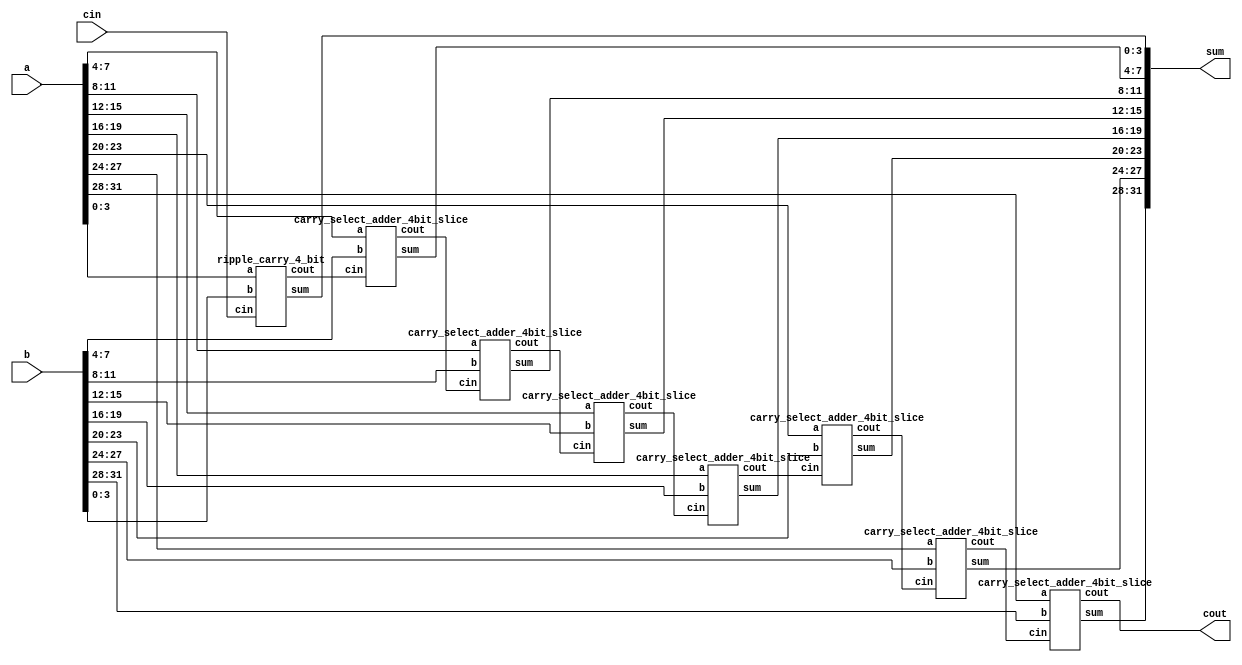
`timescale 1ps / 1fs	// Scale config: first is time unit, second is precision
 
module carry_select_adder_32bit(a, b, cin, sum, cout);
input [31:0] a,b;
input cin;
output [31:0] sum;
output cout;
 
wire [6:0] c;
 
ripple_carry_4_bit rca1(.a(a[3:0]), .b(b[3:0]), .cin(cin), .sum(sum[3:0]), .cout(c[0]));
 
// first 4-bit by ripple_carry_adder
carry_select_adder_4bit_slice csa_slice1(.a(a[7:4]), .b(b[7:4]), .cin(c[0]), .sum(sum[7:4]), .cout(c[1])); 
carry_select_adder_4bit_slice csa_slice2(.a(a[11:8]), .b(b[11:8]), .cin(c[1]), .sum(sum[11:8]), .cout(c[2]));
carry_select_adder_4bit_slice csa_slice3(.a(a[15:12]), .b(b[15:12]), .cin(c[2]), .sum(sum[15:12]), .cout(c[3]));
carry_select_adder_4bit_slice csa_slice4(.a(a[19:16]), .b(b[19:16]), .cin(c[3]), .sum(sum[19:16]), .cout(c[4])); 
carry_select_adder_4bit_slice csa_slice5(.a(a[23:20]), .b(b[23:20]), .cin(c[4]), .sum(sum[23:20]), .cout(c[5]));
carry_select_adder_4bit_slice csa_slice6(.a(a[27:24]), .b(b[27:24]), .cin(c[5]), .sum(sum[27:24]), .cout(c[6]));
carry_select_adder_4bit_slice csa_slice7(.a(a[31:28]), .b(b[31:28]), .cin(c[6]), .sum(sum[31:28]), .cout(cout));

endmodule
 
//////////////////////////////////////
//4-bit Carry Select Adder Slice
//////////////////////////////////////
 
module carry_select_adder_4bit_slice(a, b, cin, sum, cout);
input [3:0] a,b;
input cin;
output [3:0] sum;
output cout;
 
wire [3:0] s0,s1;
wire c0,c1;
 
ripple_carry_4_bit rca1(.a(a[3:0]), .b(b[3:0]), .cin(1'b0), .sum(s0[3:0]), .cout(c0));
ripple_carry_4_bit rca2(.a(a[3:0]), .b(b[3:0]), .cin(1'b1), .sum(s1[3:0]), .cout(c1));
 
// #(4) is port bit number
mux2X1 ms0(.in0(s0[0]), .in1(s1[0]), .sel(cin), .out(sum[0])); 
mux2X1 ms1(.in0(s0[1]), .in1(s1[1]), .sel(cin), .out(sum[1])); 
mux2X1 ms2(.in0(s0[2]), .in1(s1[2]), .sel(cin), .out(sum[2])); 
mux2X1 ms3(.in0(s0[3]), .in1(s1[3]), .sel(cin), .out(sum[3])); 

mux2X1 mc0(.in0(c0), .in1(c1), .sel(cin), .out(cout)); 
endmodule
 
 
/////////////////////////
//2X1 Mux
/////////////////////////
module mux2X1(in0, in1, sel, out);
input in0, in1;
input sel;
output out;
wire selbar, w0, w1;

and and_0(w0, sel, in1);
not not_0(selbar, sel);
and and_1(w1, selbar, in0);
or or_0(out, w0, w1);

endmodule
 
 
/////////////////////////////////
//4-bit Ripple Carry Adder
/////////////////////////////////
module ripple_carry_4_bit(a, b, cin, sum, cout);
input [3:0] a,b;
input cin;
output [3:0] sum;
output cout;
 
wire c1,c2,c3;
 
full_adder fa0(.a(a[0]), .b(b[0]), .cin(cin), .sum(sum[0]), .cout(c1)); 
full_adder fa1(.a(a[1]), .b(b[1]), .cin(c1), .sum(sum[1]), .cout(c2)); 
full_adder fa2(.a(a[2]), .b(b[2]), .cin(c2), .sum(sum[2]), .cout(c3)); 
full_adder fa3(.a(a[3]), .b(b[3]), .cin(c3), .sum(sum[3]), .cout(cout));
endmodule
 
/////////////////////
//1bit Full Adder
/////////////////////
 
module full_adder(a,b,cin,sum, cout);
input a,b,cin;
output sum, cout;
 
wire x,y,z;
 
half_adder h1(.a(a), .b(b), .sum(x), .cout(y));
half_adder h2(.a(x), .b(cin), .sum(sum), .cout(z));
or or_1(cout,z,y);
endmodule
 
//////////////////////
// 1 bit Half Adder
//////////////////////
 
module half_adder( a,b, sum, cout );
input a,b;
output sum, cout;
xor xor_1 (sum,a,b);
and and_1 (cout,a,b);
endmodule